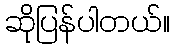
ဆိုပြန်ပါတယ်။